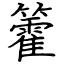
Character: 籗